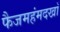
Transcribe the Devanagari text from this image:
फैजमहंमदखाँ